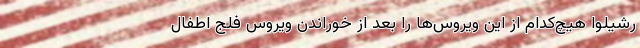
رشیلوا هیچ‌کدام از این ویروس‌ها را بعد از خوراندنِ ویروسِ فلج اطفال